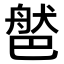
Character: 𦩐